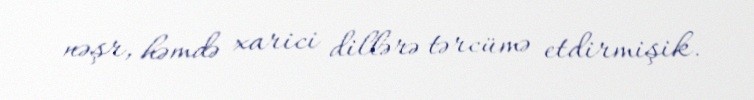
nəşr, həmdə xarici dillərə tərcümə etdirmişik.